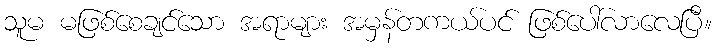
သူမ မဖြစ်စေချင်သော အရာများ အမှန်တကယ်ပင် ဖြစ်ပေါ်လာလေပြီ။